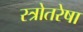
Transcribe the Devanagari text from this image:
स्त्रोतरेषा